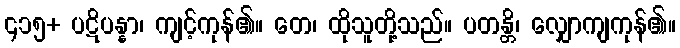
၄၁၅+ ပဋိပန္နာ၊ ကျင့်ကုန်၏။ တေ၊ ထိုသူတို့သည်။ ပတန္တိ၊ လျှောကျကုန်၏။